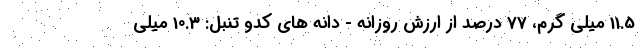
11.5 میلی گرم، 77 درصد از ارزش روزانه - دانه های کدو تنبل: 10.3 میلی